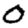
Digit: 0